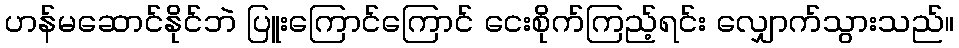
ဟန်မဆောင်နိုင်ဘဲ ပြူးကြောင်ကြောင် ငေးစိုက်ကြည့်ရင်း လျှောက်သွားသည်။